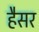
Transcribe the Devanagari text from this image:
हैसर